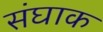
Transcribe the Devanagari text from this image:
संघाक